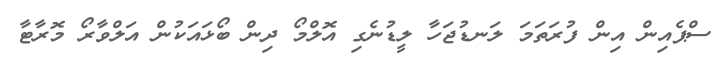
ސްޕެއިން އިން ފުރަތަމަ ލަނޑުޖަހާ ލީޑުނެގި އޮލްމޯ ދިން ބޯޅައަކުން އަލްވާރޯ މޮރާޓާ